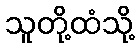
သူတို့ထံသို့